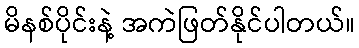
မိနစ်ပိုင်းနဲ့ အကဲဖြတ်နိုင်ပါတယ်။